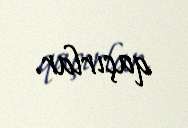
qaçırlar.